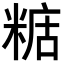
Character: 𥺨